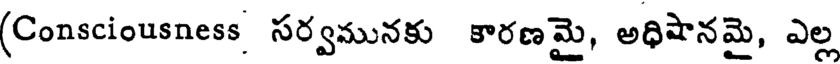
(Consciousness సర్వమునకు కారణమై, అధిషానమై, ఎల్ల